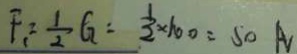
F _ { 1 } = \frac { 1 } { 2 } G = \frac { 1 } { 2 } \times 1 0 0 = 5 0 A